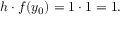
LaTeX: h \cdot f ( y _ { 0 } ) = 1 \cdot 1 = 1 . \qquad \qquad